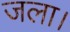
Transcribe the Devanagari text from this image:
जला।